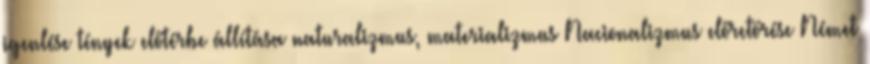
igenlése tények előtérbe állítása naturalizmus, materializmus Nacionalizmus előretörése Német